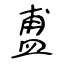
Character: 盙